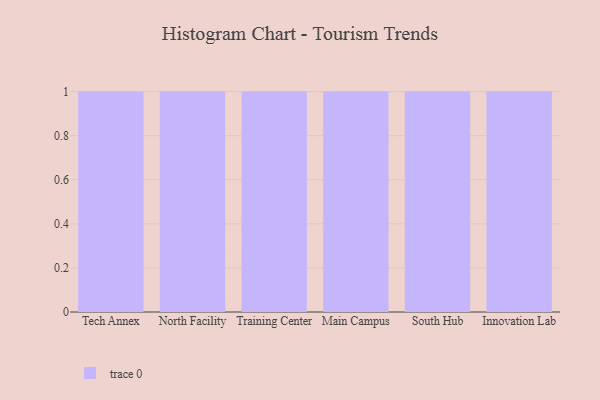
{"axis": {"x": "Campus", "y": "Energy Usage (MWh)"}, "legend": [""], "data": [{"x": "Tech Annex", "y": 26, "type": ""}, {"x": "North Facility", "y": 26, "type": ""}, {"x": "Training Center", "y": 76, "type": ""}, {"x": "Main Campus", "y": 27, "type": ""}, {"x": "South Hub", "y": 52, "type": ""}, {"x": "Innovation Lab", "y": 52, "type": ""}]}